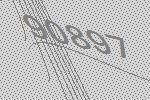
90897